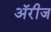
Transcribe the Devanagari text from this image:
अॅरीज